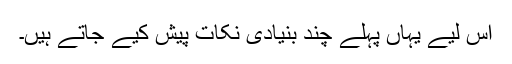
اس لیے یہاں پہلے چند بنیادی نکات پیش کیے جاتے ہیں۔